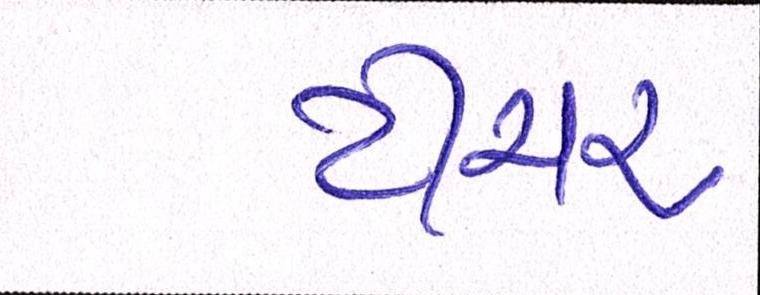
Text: ટીયર